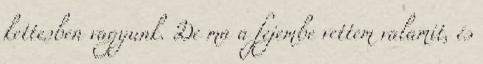
kettesben vagyunk. De ma a fejembe vettem valamit, és